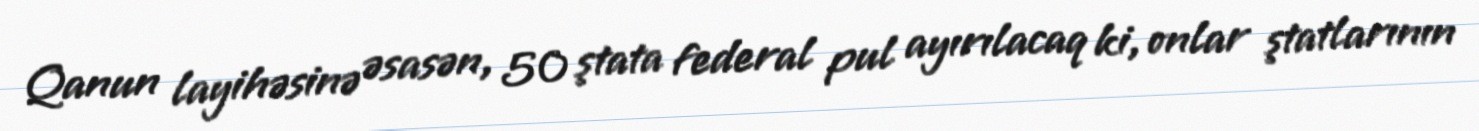
Qanun layihəsinə əsasən, 50 ştata federal pul ayırılacaq ki, onlar ştatlarının